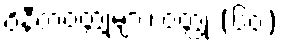
ဝိနီတဝတ္ထုများ၊ ဝတ္ထု (၆၀)